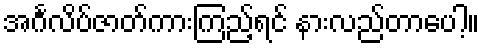
အင်္ဂလိပ်ဇာတ်ကားကြည့်ရင် နားလည်တာပေါ့။